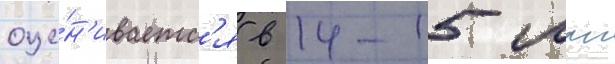
оце́н'иваетс'я в 14-15 млн